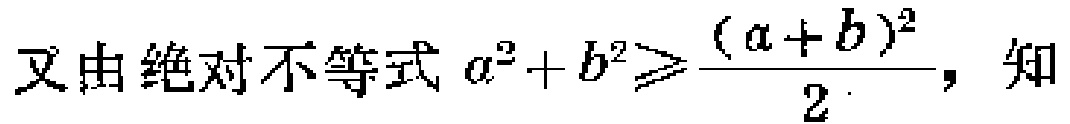
又由绝对不等式 \(a^{2}+b^{2}\geqslant\frac{(a + b)^{2}}{2}\)，知